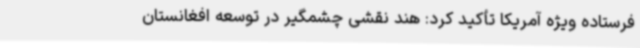
فرستاده ویژه آمریکا تأکید کرد: هند نقشی چشمگیر در توسعه افغانستان